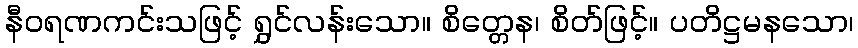
နီဝရဏကင်းသဖြင့် ရွှင်လန်းသော။ စိတ္တေန၊ စိတ်ဖြင့်။ ပတိဋ္ဌမနသော၊